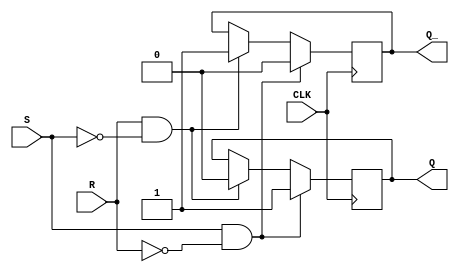
module SR_latch (
    input S,
    input R,
    input CLK,
    output reg Q,
    output reg Q_
);

always @(posedge CLK) begin
    if(S && !R) begin
        Q <= 1;
        Q_ <= 0;
    end else if(R && !S) begin
        Q <= 0;
        Q_ <= 1;
    end else begin
        Q <= Q;
        Q_ <= Q_;
    end
end

endmodule